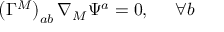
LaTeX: \left( \Gamma ^ { M } \right) _ { a b } \nabla _ { M } \Psi ^ { a } = 0 , \; \; \; \; \; \forall b